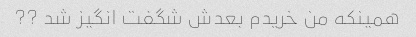
همینکه من خریدم بعدش شگفت انگیز شد ??